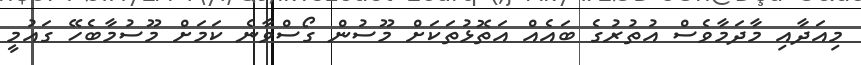
މިއަދާއި މާދަމާވެސް އުތުރުގެ ބައެއް އަތޮޅުތަކަށް މޫސުން ގޯސްވާނެ ކަމަށް މޫސުމާބެހޭ ގައުމީ